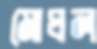
মোঘল